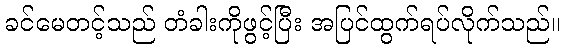
ခင်မေတင့်သည် တံခါးကိုဖွင့်ပြီး အပြင်ထွက်ရပ်လိုက်သည်။